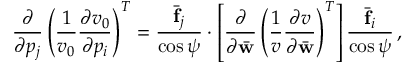
\frac { \partial } { \partial p _ { j } } \left( \frac { 1 } { v _ { 0 } } \frac { \partial v _ { 0 } } { \partial p _ { i } } \right) ^ { T } = \frac { \bar { \bf f } _ { j } } { \cos \psi } \cdot \left[ \frac { \partial } { \partial \bar { \bf w } } \left( \frac { 1 } { v } \frac { \partial v } { \partial \bar { \bf w } } \right) ^ { T } \right] \frac { \bar { \bf f } _ { i } } { \cos \psi } \, ,